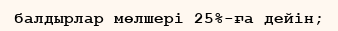
балдырлар мөлшері 25%-ға дейін;